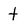
Character: t